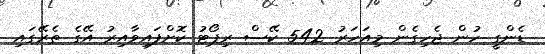
ޑެންގީ ހުން ޖެހިގެން މިއަހަރު 542 ކޭސް ރިޕޯޓު ކޮށްފައިވާއިރު އޭގެ ތެރޭގައި